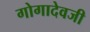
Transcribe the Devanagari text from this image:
गोगादेवजी